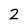
Character: 2